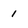
Character: 1